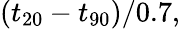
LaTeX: (t_{20}-t_{90})/0.7,